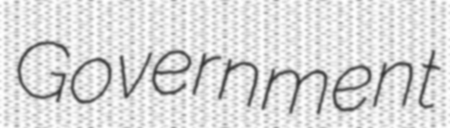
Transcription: Government